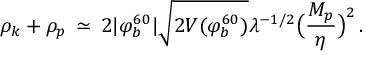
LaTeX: \rho _ { k } + \rho _ { p } \, \simeq \, 2 | \varphi _ { b } ^ { 6 0 } | \sqrt { 2 V ( \varphi _ { b } ^ { 6 0 } ) } \lambda ^ { - 1 / 2 } \bigl ( { \frac { M _ { p } } { \eta } } \bigr ) ^ { 2 } \, .